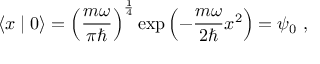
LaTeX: \left\langle x \mid 0 \right\rangle = \left( { \frac { m \omega } { \pi \hbar } } \right) ^ { \frac { 1 } { 4 } } \exp \left( - { \frac { m \omega } { 2 \hbar } } x ^ { 2 } \right) = \psi _ { 0 } ~ ,